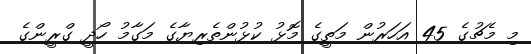
މި މެޗުގެ 45 އަހަރުން މަތީގެ މޮޅު ކުޅުންތެރިޔާގެ މަގާމު ހޯދީ ގްރީންގެ